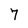
Character: 7